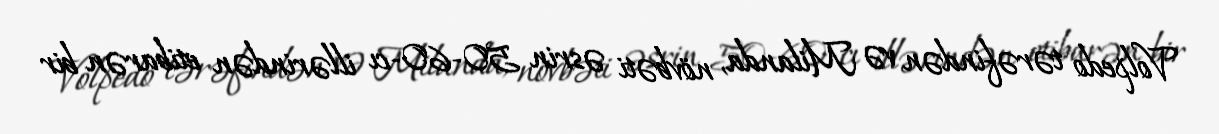
Volpedo tərəfindən və Milanda, növbəti əsrin 50-60-cı illərindən etibarən bir